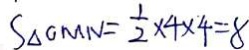
S _ { \Delta G M N } = \frac { 1 } { 2 } \times 4 \times 4 = 8